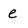
Character: e